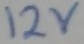
Text: 12V